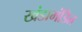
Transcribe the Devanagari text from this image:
खंडामंडित